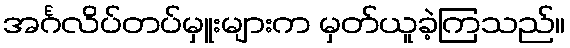
အင်္ဂလိပ်တပ်မှူးများက မှတ်ယူခဲ့ကြသည်။